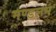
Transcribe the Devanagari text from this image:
मण्डलम